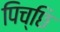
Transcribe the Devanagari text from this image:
पिच्छि